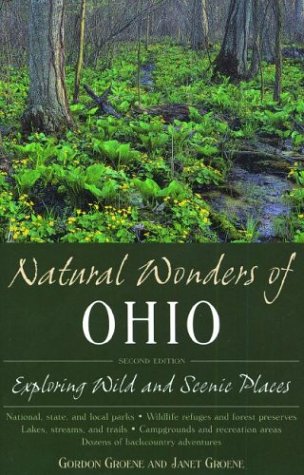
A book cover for Natural Wonders of Ohio; Gordon Groene; Travel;